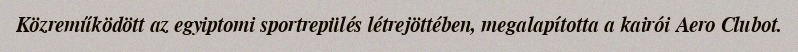
Közreműködött az egyiptomi sportrepülés létrejöttében, megalapította a kairói Aero Clubot.